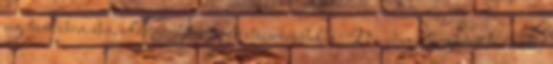
segítünk bármiben, akár fordítanivaló beszerzésében is Minden elfogadott történetért